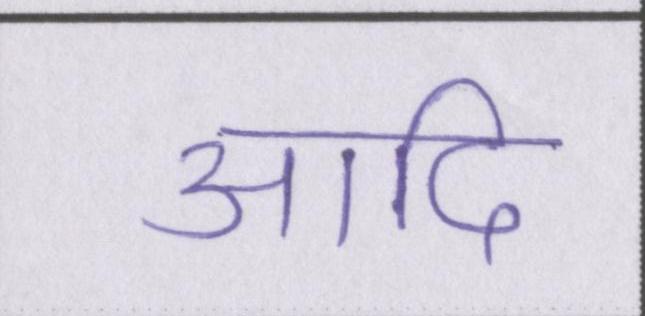
आदि